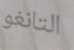
التانغو